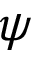
\psi